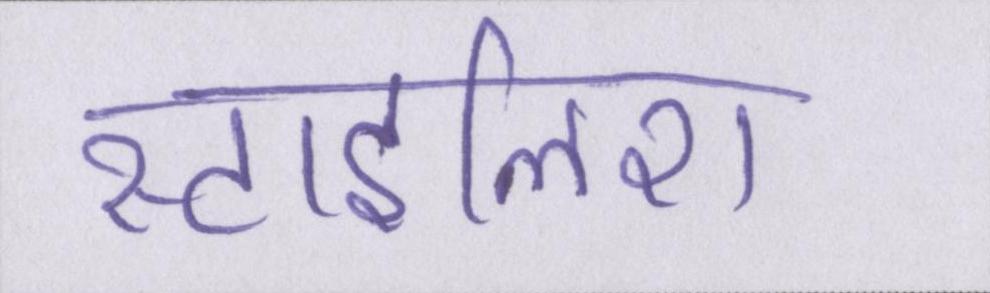
स्टाइलिश